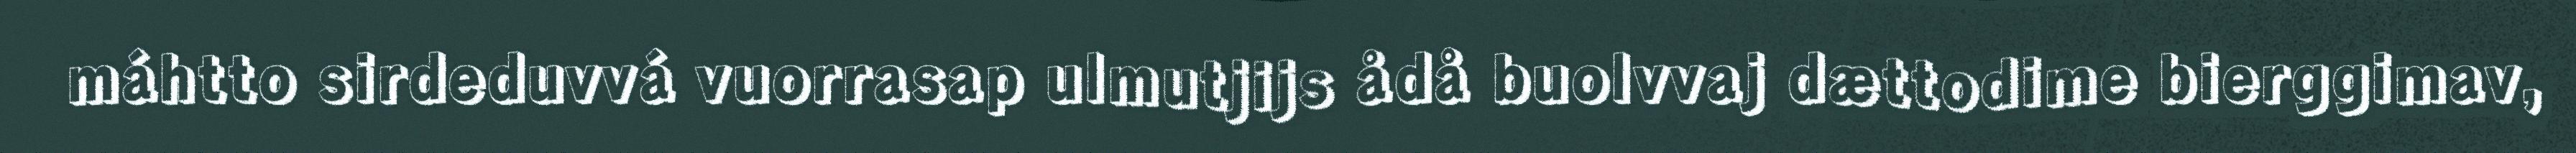
máhtto sirdeduvvá vuorrasap ulmutjijs ådå buolvvaj dættodime bierggimav,